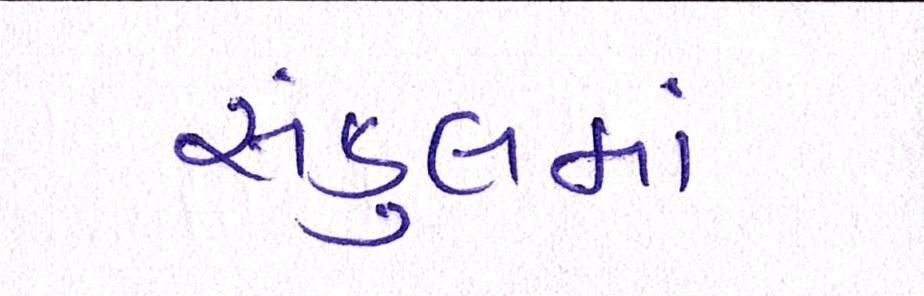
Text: સંકુલમાં